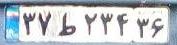
۳۷ط۲۳۴۳۶